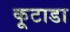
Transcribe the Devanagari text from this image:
कूटाडा